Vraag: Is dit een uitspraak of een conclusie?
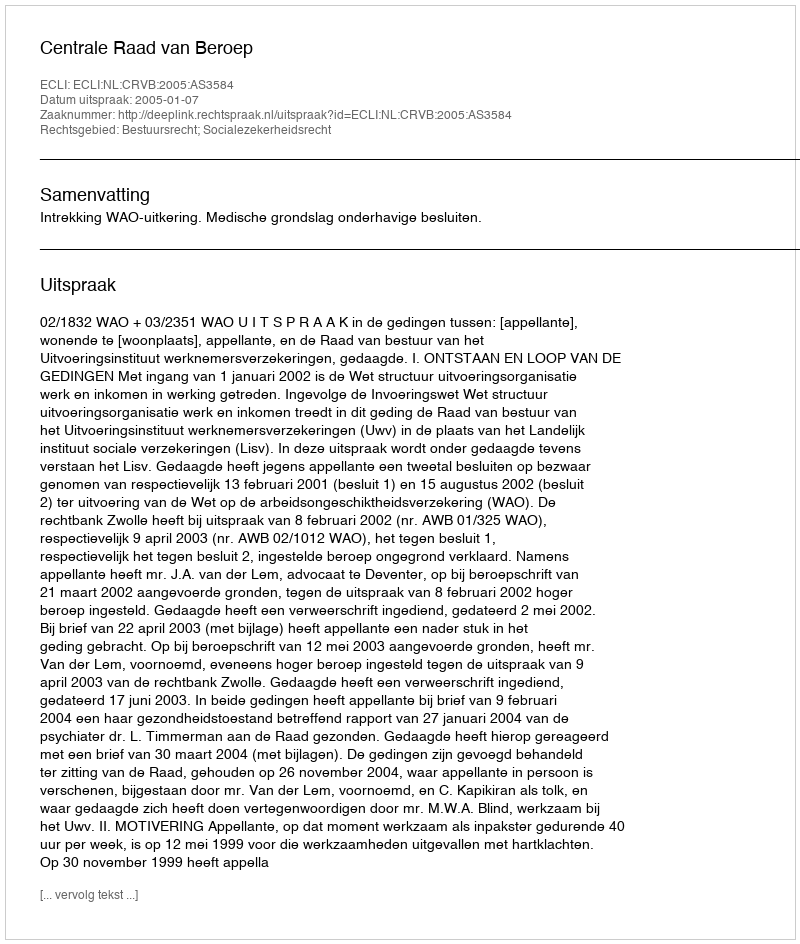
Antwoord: Uitspraak